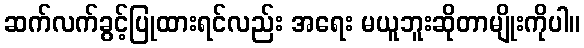
ဆက်လက်ခွင့်ပြုထားရင်လည်း အရေး မယူဘူးဆိုတာမျိုးကိုပါ။